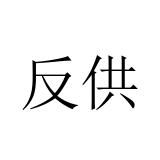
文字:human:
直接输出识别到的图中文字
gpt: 反供